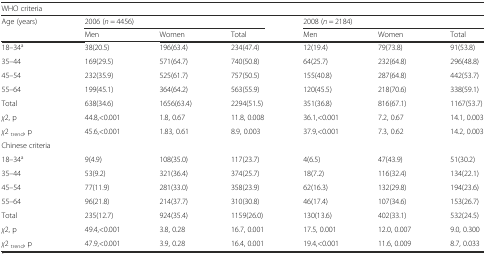
<table><thead><tr><td colspan="7"><b>WHO criteria</b></td></tr><tr><td rowspan="2"><b>Age (years)</b></td><td colspan="3"><b>2006 (<i>n</i> = 4456)</b></td><td colspan="3"><b>2008 (<i>n</i> = 2184)</b></td></tr><tr><td><b>Men</b></td><td><b>Women</b></td><td><b>Total</b></td><td><b>Men</b></td><td><b>Women</b></td><td><b>Total</b></td></tr></thead><tbody><tr><td>18–34<sup>a</sup></td><td>38(20.5)</td><td>196(63.4)</td><td>234(47.4)</td><td>12(19.4)</td><td>79(73.8)</td><td>91(53.8)</td></tr><tr><td>35–44</td><td>169(29.5)</td><td>571(64.7)</td><td>740(50.8)</td><td>64(25.7)</td><td>232(64.8)</td><td>296(48.8)</td></tr><tr><td>45–54</td><td>232(35.9)</td><td>525(61.7)</td><td>757(50.5)</td><td>155(40.8)</td><td>287(64.8)</td><td>442(53.7)</td></tr><tr><td>55–64</td><td>199(45.1)</td><td>364(64.2)</td><td>563(55.9)</td><td>120(45.5)</td><td>218(70.6)</td><td>338(59.1)</td></tr><tr><td>Total</td><td>638(34.6)</td><td>1656(63.4)</td><td>2294(51.5)</td><td>351(36.8)</td><td>816(67.1)</td><td>1167(53.7)</td></tr><tr><td><i>χ</i>2, p</td><td>44.8,&lt;0.001</td><td>1.8, 0.67</td><td>11.8, 0.008</td><td>36.1,&lt;0.001</td><td>7.2, 0.67</td><td>14.1, 0.003</td></tr><tr><td><i>χ</i>2 <sub>trend</sub>, p</td><td>45.6,&lt;0.001</td><td>1.83, 0.61</td><td>8.9, 0.003</td><td>37.9,&lt;0.001</td><td>7.3, 0.62</td><td>14.2, 0.003</td></tr><tr><td colspan="7">Chinese criteria</td></tr><tr><td>18–34<sup>a</sup></td><td>9(4.9)</td><td>108(35.0)</td><td>117(23.7)</td><td>4(6.5)</td><td>47(43.9)</td><td>51(30.2)</td></tr><tr><td>35–44</td><td>53(9.2)</td><td>321(36.4)</td><td>374(25.7)</td><td>18(7.2)</td><td>116(32.4)</td><td>134(22.1)</td></tr><tr><td>45–54</td><td>77(11.9)</td><td>281(33.0)</td><td>358(23.9)</td><td>62(16.3)</td><td>132(29.8)</td><td>194(23.6)</td></tr><tr><td>55–64</td><td>96(21.8)</td><td>214(37.7)</td><td>310(30.8)</td><td>46(17.4)</td><td>107(34.6)</td><td>153(26.7)</td></tr><tr><td>Total</td><td>235(12.7)</td><td>924(35.4)</td><td>1159(26.0)</td><td>130(13.6)</td><td>402(33.1)</td><td>532(24.5)</td></tr><tr><td><i>χ</i>2, p</td><td>49.4,&lt;0.001</td><td>3.8, 0.28</td><td>16.7, 0.001</td><td>17.5, 0.001</td><td>12.0, 0.007</td><td>9.0, 0.300</td></tr><tr><td><i>χ</i>2 <sub>trend</sub>, p</td><td>47.9,&lt;0.001</td><td>3.9, 0.28</td><td>16.4, 0.001</td><td>19.4,&lt;0.001</td><td>11.6, 0.009</td><td>8.7, 0.033</td></tr></tbody></table>